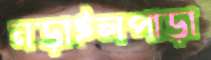
নড়াইলপাড়া